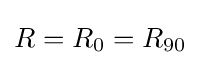
R=R_{0}=R_{90}